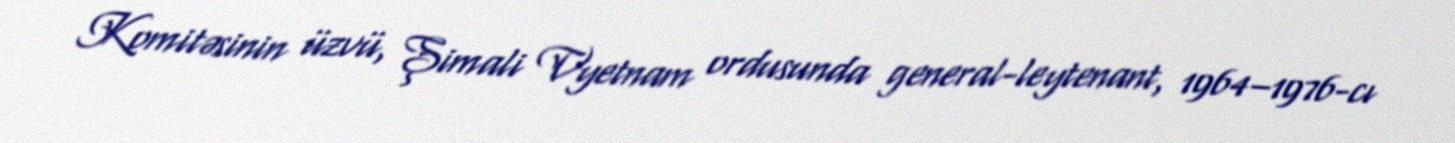
Komitəsinin üzvü, Şimali Vyetnam ordusunda general-leytenant, 1964–1976-cı